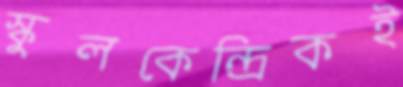
স্কুলকেন্দ্রিকই